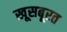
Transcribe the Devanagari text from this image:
खूसबूरत